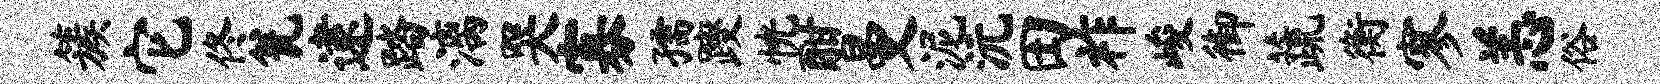
簇它佟瓮逮踏漓哭寡孺躞恍酣曼泥沅田祚峻御蔬衡寥恙俗